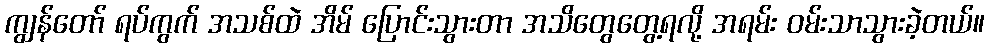
ကျွန်တော် ရပ်ကွက် အသစ်ထဲ အိမ် ပြောင်းသွားတာ အသိတွေတွေ့ရလို့ အရမ်း ဝမ်းသာသွားခဲ့တယ်။